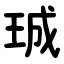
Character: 珹